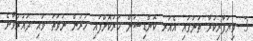
3- ވިޔަފާރިކުރާ ތަނުގައި އެއަރ ކޮންޑިޝަން ހަރުކޮށްފައި ހުރުން ނުވަތަ ވައި ދައުރުވާނެ